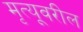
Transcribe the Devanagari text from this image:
मृत्यूवरील